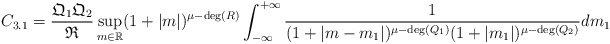
\begin{align*}C_{3.1} = \frac{\mathfrak{Q}_{1}\mathfrak{Q}_{2}}{\mathfrak{R}}\sup_{m \in \mathbb{R}} (1+|m|)^{\mu - \mathrm{deg}(R)} \int_{-\infty}^{+\infty}\frac{1}{(1+|m-m_{1}|)^{\mu - \mathrm{deg}(Q_{1})}(1+|m_{1}|)^{\mu - \mathrm{deg}(Q_{2})}} dm_{1} \end{align*}